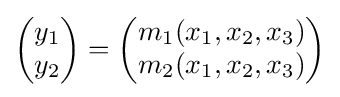
{\begin{pmatrix}y_{1}\\y_{2}\end{pmatrix}}={\begin{pmatrix}m_{1}(x_{1},x_{2},x_{3})\\m_{2}(x_{1},x_{2},x_{3})\end{pmatrix}}